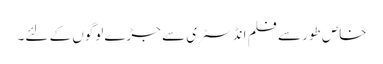
خاص طور سے فلم انڈسٹری سے جڑے لوگوں کے لئے۔